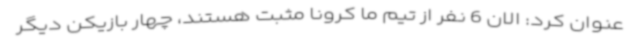
عنوان کرد: الان 6 نفر از تیم ما کرونا مثبت هستند، چهار بازیکن دیگر